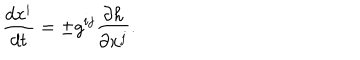
{ \frac { d x ^ { i } } { d t } } = \pm g ^ { i j } { \frac { \partial h } { \partial x ^ { j } } } .